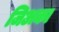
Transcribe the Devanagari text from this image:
जिअका